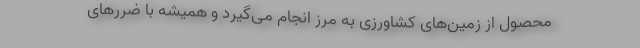
محصول از زمین‌های کشاورزی به مرز انجام می‌گیرد و همیشه با ضرر‌های